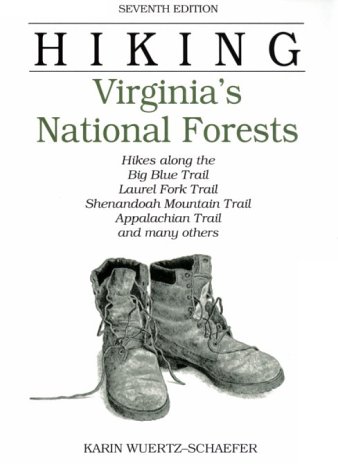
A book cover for Hiking Virginia's National Forests, 7th (Regional Hiking Series); Karin Wuertz-Schaefer; Travel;